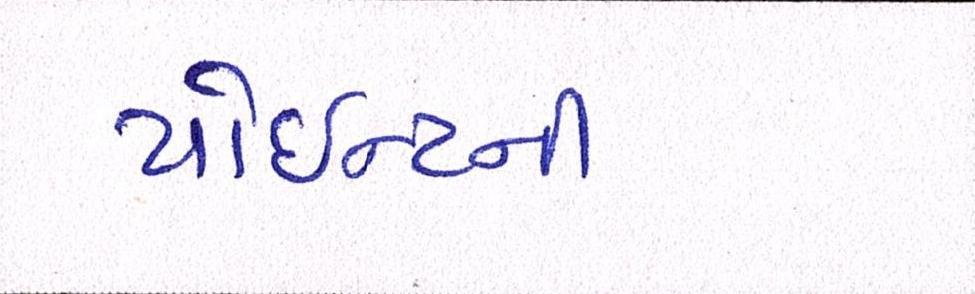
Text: પોઈન્ટની